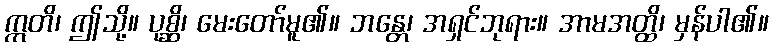
ဣတိ၊ ဤသို့။ ပုစ္ဆိ၊ မေးတော်မူ၏။ ဘန္တေ၊ အရှင်ဘုရား။ အာမအတ္ထိ၊ မှန်ပါ၏။